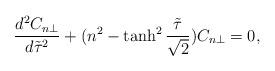
LaTeX: \begin{align*}\frac{d^2C_{n\perp}}{d\tilde{\tau}^2}+(n^2-\tanh^2\frac{\tilde{\tau}}{\sqrt{2}})C_{n\perp}=0,\end{align*}